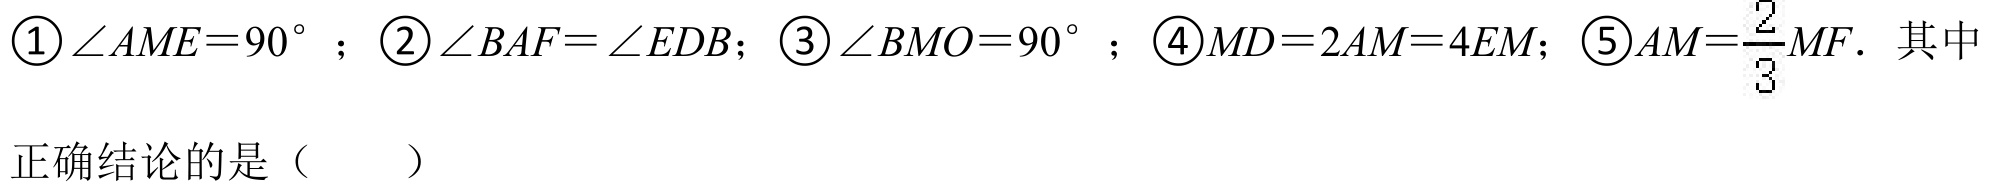
$\textcircled{1}\angle AME = 90^{\circ}$；$\textcircled{2}\angle BAF=\angle EDB$；$\textcircled{3}\angle BMO = 90^{\circ}$；$\textcircled{4}MD = 2AM = 4EM$；$\textcircled{5}AM=\dfrac{2}{3}MF$．其中
正确结论的是（  ）